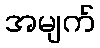
အမျက်